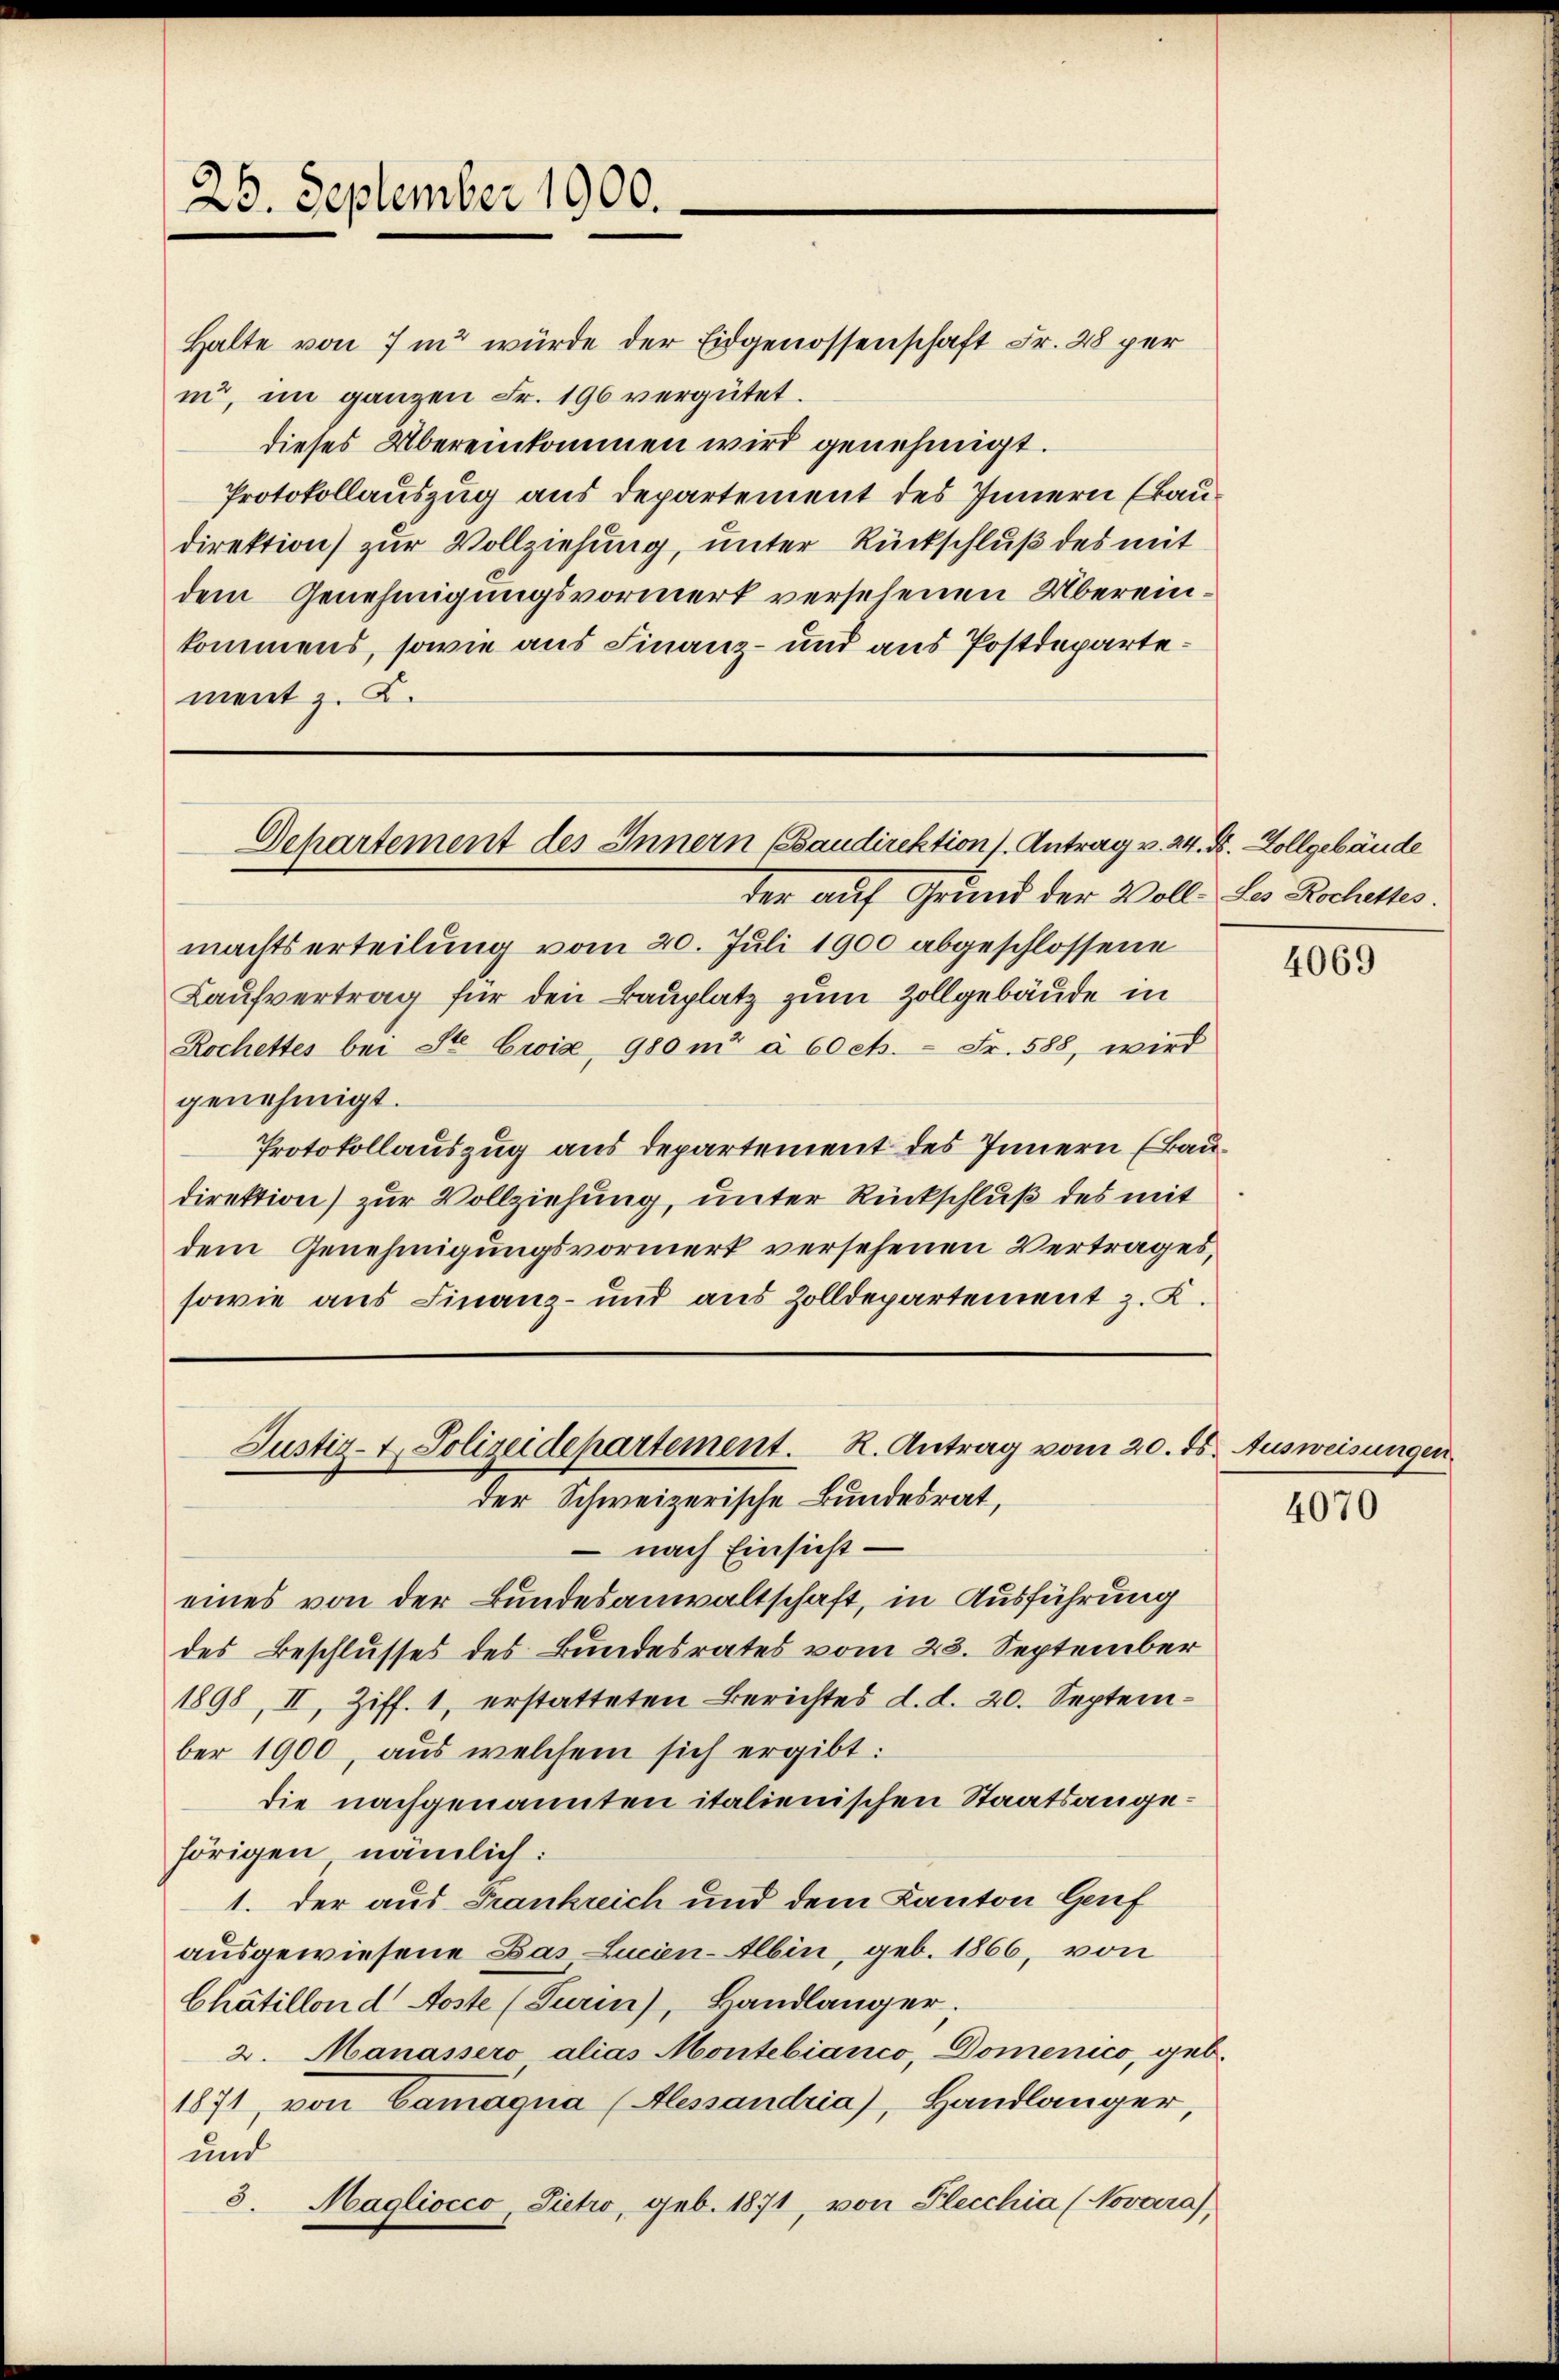
25. September 1900.

Halte von 7 in würde der Eidgenossenschaft Fr. 28 per
in, im ganzen Fr. 196 vergütet.
dieses Übereinkommen wird genehmigt.
Protokollauszug aus Departement des Innern (Baudirektion zur Vollziehung, unter Rückschluß des mit
dem Genehmigungsvormerk versehenen Übereinkommens, sowie aus Finanz- und aus Postdepartement z. B.

Dehartement des Innern (Baudirektion s. Antrag v. 24. A. Zollgebäude

ter auf Grund der Voll des Rochettes.
machtserteilung vom 20. Juli 1900 abgeschlossene
Kaŭfvertrag für den Bauplatz zum Zollgebäude in
Rochettes bei St. Croix, 980 m à 60 cts. - Fr. 588, wird
genehmigt.
Protokollauszug aus departement des Innern (Baudirektion) zur Vollziehung, unter Rückschluß des mit
dem Genehmigungsvormerk versehenen Vertrages,
sowie aus Finanz- und aus Zolldepartement z. K.

Justiz- & Polizeidepartement. K. Antrag vom 20. ds. Ausweisungen
der Schweizerische Bundesrat,

nach Einsicht
eines von der Bundesanwaltschaft, in Ausführung
des Beschlusses des Bundesrates vom 23. September
1898, II, Ziff. 1, erstatteten Berichtes d. d. 20. September 1900, aus welchem sich ergibt:
die nachgenannten italienischen Staatsangehörigen, nämlich:
1. der aus Frankreich und dem Kanton Genf
ausgewiesene Das Lucien-Albin, geb. 1866, von
Chátillon d' Aoste (Turin), Handlänger.
2. Manassero alias Montebianco, Domenico, geb.
1871, von Camagna (Alessandria), Handlänger,
und
3. Magliocco, Sieto, geb. 1871, von Flecchia (Novara),

4069

4070